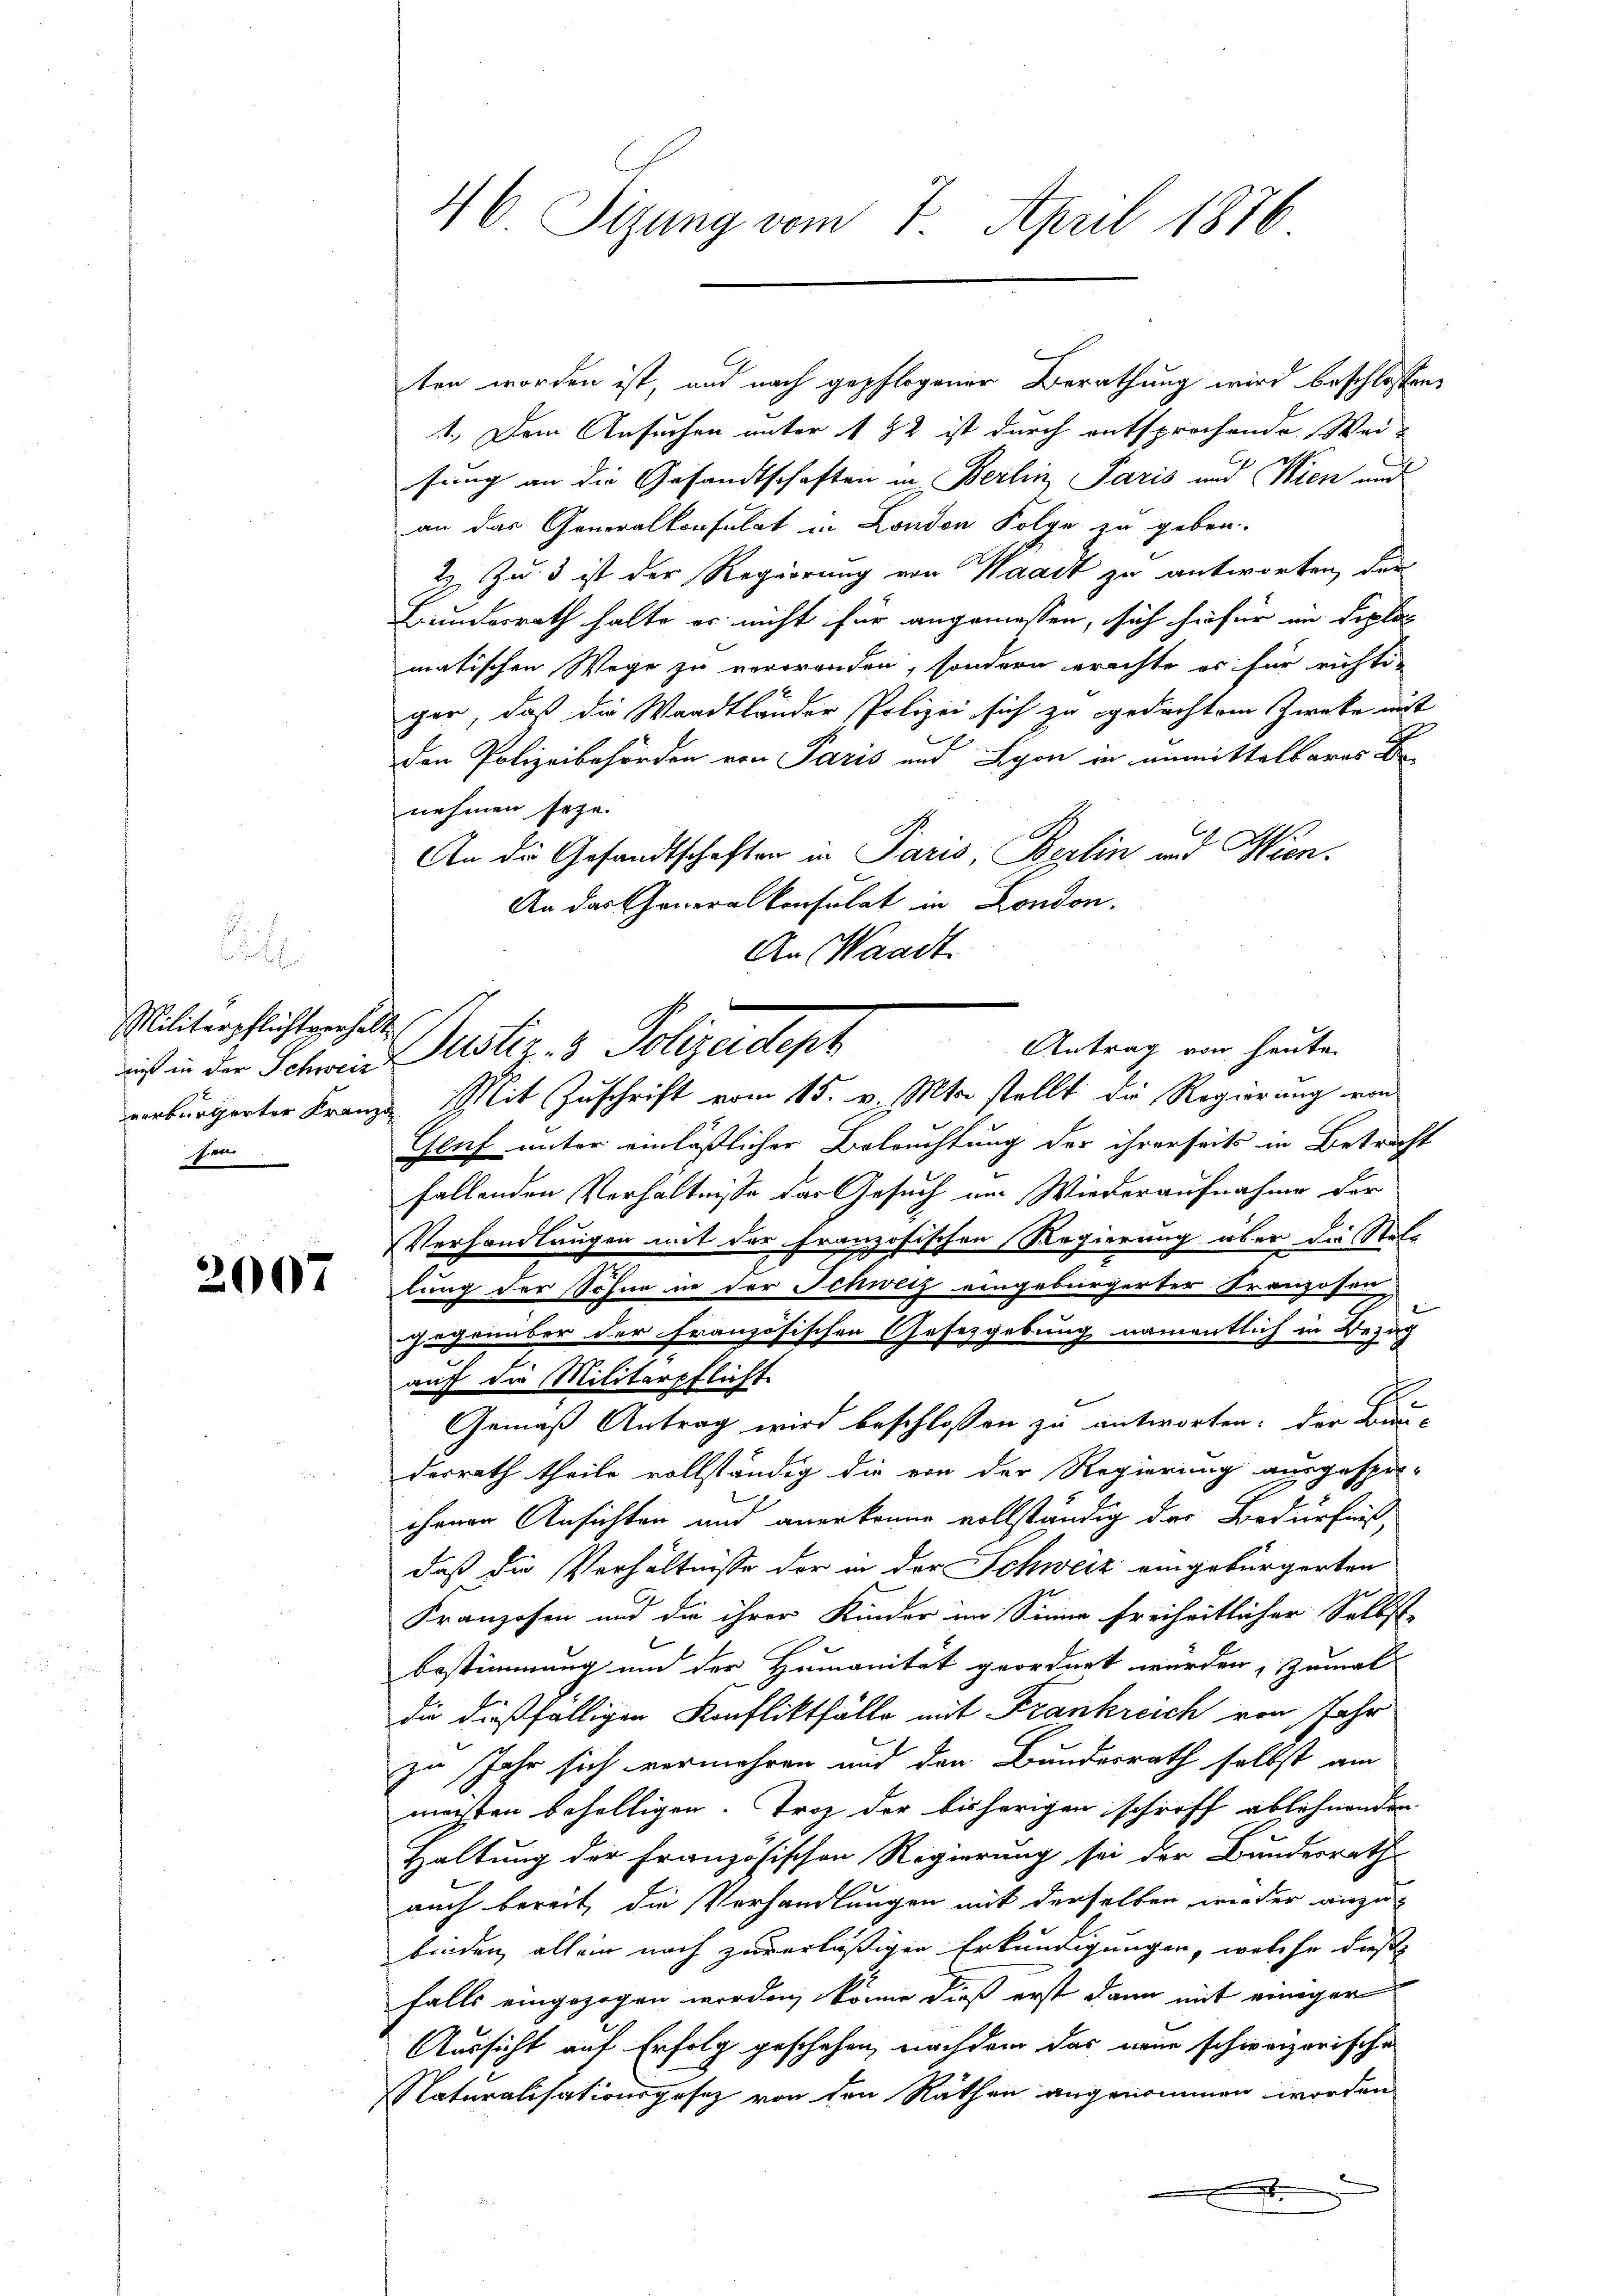
Militärpflichtverhei
verbürgerter Krai
Der

2007

46 Sizung vom 7. April 1870

ten worden ist, und nach gepflogener Berathung wird beschlossen,
1.) Dem Ansuchen unter 182 ist durch entsprochende Wei-
sung an die Gesandtschaften in Berlin Paris und Wien und
an das Generalkonsulat in London Folge zu geben.
2. Zu 3 ist der Regierung von Waadt zu antworten, der
Bundesrath halte er nicht für angemessen, sich hiefür im Diplo
matischen Wege zu verwanden, sondern erachte es für richtiger, daß die Waadtländer Polizei sich zu gedachtem Zwecke mit
den Polizeibehörden von Paris und Lyon in unmittelbares Be-
nehmen seyn.
An die Gesandtschaften in Paris, Berlin und Wien.
An das Generalkonsulat in London.
An Waadt.
2
Antrag von heute
dies in der Schweiz Puster 3 Polizeidept
zu Mit Zuschrift vom 15. v. Mts. stellt die Regierung von
Gluf unter einläßlicher Beleuchtung der ihrerseits in Betricht
fallenden Verhältnisse das Gesuch um Wiederaufnahme der
Verhandlungen mit der Französischen Regierung über die Stel-
lung der Sohne in der Schweiz eingebürgerter Franzosen
gegenüber der Französischen Gesetzgebung namentlich in Bezug
auf die Militärpflicht
Gemäß Antrag wird beschlossen zu antworten, der Bur-
derrath theile vollständig die von der Regierung ausgespro-
chenen Ansichten und anerkenne vollständig der Bedürfniß,
daß die Verhältnisse der in der Schweiz eingebürgerten
Kranzosen und die ihrer Kinder im Sinne freiheitlicher Selbst
bestimmung und der Humanität geordnet wurden, zumal
die dießfälligen Konfliktfälle mit Frankreich von Jahr
zu Jahr sich vermehren und den Bundesrath selbst am
möchten behaltigen. Troz der bisherigen schriff ablehnenden
Haltung der Französischen Regierung sei der Bundesrath
auch bereit, die Verhandlungen mit derselben wieder anzubinden allein nach zuverläßigen Erkundigungen, welche diese
falls eingezogen worden, könne dieß erst dann mit einiger
Aussicht auf Erfolg geschehen, nachdem das neue schweizerischen
Naturalisationsgesetz von den Rathen angenommen worden